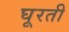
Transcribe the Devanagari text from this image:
घूरती